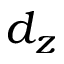
d _ { z }